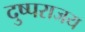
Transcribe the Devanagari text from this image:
दु्ष्पराजय